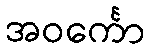
အဝင်္ကော